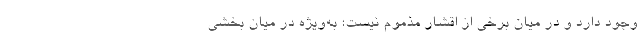
وجود دارد و در میان برخی از اقشار مذموم نیست؛ به‌ویژه در میان بخشی